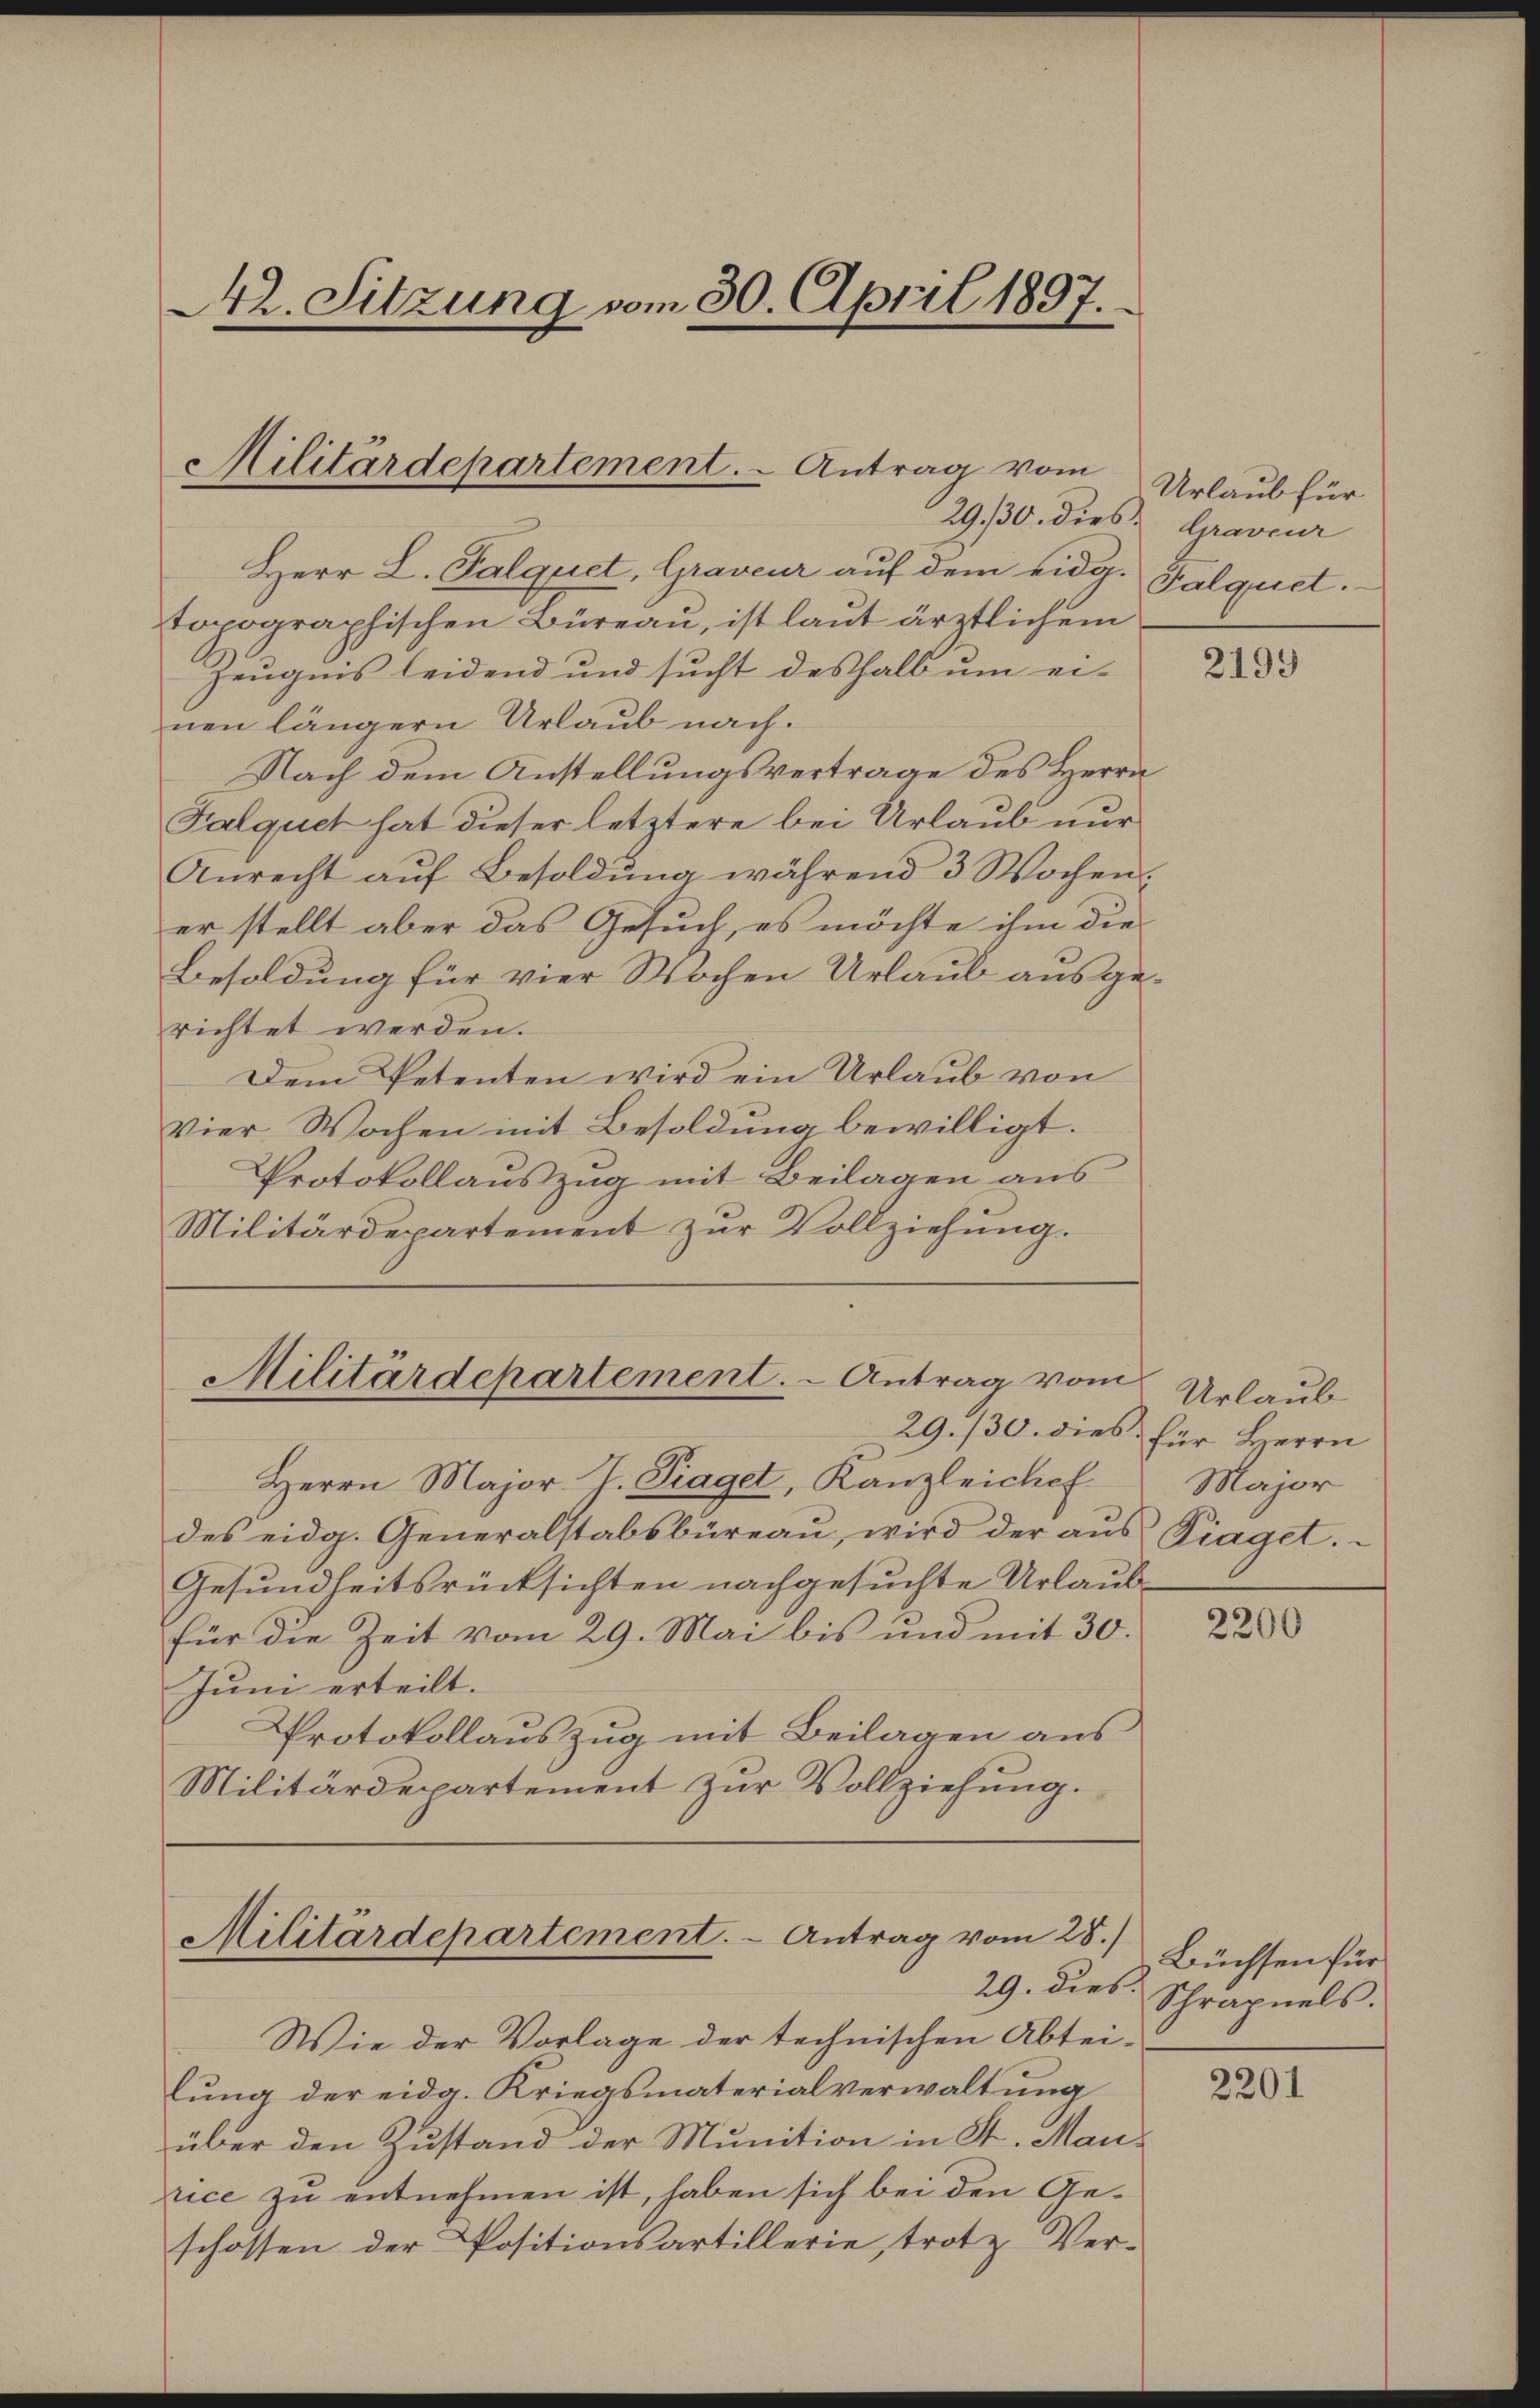
42. Sitzung vom 30. April 1897.

Herr L. Salquet, Graveur auf dem eidg.
topographischen Büreau, ist laut ärztlichem
Zeugnis leidend und sucht deshalb um ei-
nen längern Urlaub nach.
Nach dem Anstellungsvertrage des Herrn
Falquet hat dieser letztere bei Urlaub nur
Anrecht aŭf Besoldung während 3 Wochen.
er stellt aber das Gesuch, es möchte ihm die
Besoldung für vier Wochen Urlaub ausgerichtet werden.
Dem Petenten wird ein Urlaub von
Vier Wochen mit Besoldung bewilligt.
Protokollauszug mit Beilagen aus
Militärdepartement zur Vollziehung.

Militärdepartement. - Antrag vom

Militärdepartement. - Antrag vom
29./30. dies für Herrn

Militärdepartement. - Antrag vom 28.)
29. dies

Herrn Major. J. Traget, Kanzleichef
des eidg. Generalstabsbüreau, wird der aus Piaget.
Gesundheitsrücksichten nachgesuchte Urlaub
für die Zeit vom 29. Mai bis und mit 30.
Juni erteilt.
Protokollauszug mit Beilagen aus
Militärdepartement zur Vollziehung.

Wie der Vorlage der technischen Abtei-
lung der eidg. Kriegsmaterialverwaltung
über den Zustand der Munition in St. Maurice zu entnehmen ist, haben sich bei den Geschossen der Positionsartillerie, trotz Ver-

Urlaub für
29./30. dies Graveur
Falquet.

2199

Urlaub
Major

2200

Büchsen für
Schrapnels.

2201